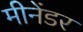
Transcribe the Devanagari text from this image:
मीनेंडर